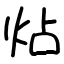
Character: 炶